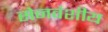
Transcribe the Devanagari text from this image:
सेनवंशीय